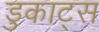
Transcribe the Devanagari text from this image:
डुकाट्स